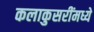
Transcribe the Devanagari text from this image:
कलाकुसरींमध्ये